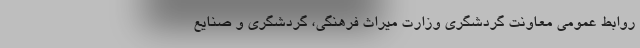
روابط‌ عمومی معاونت گردشگری وزارت میراث‌ فرهنگی، گردشگری و صنایع‌